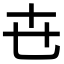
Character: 㔺